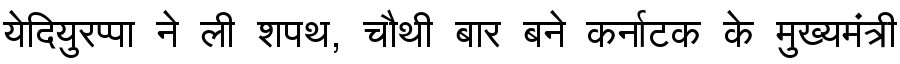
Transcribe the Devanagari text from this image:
येदियुरप्पा ने ली शपथ, चौथी बार बने कर्नाटक के मुख्यमंत्री